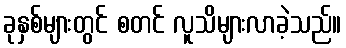
ခုနှစ်များတွင် စတင် လူသိများလာခဲ့သည်။